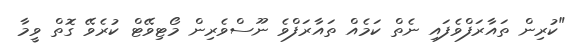
"ކުރިން ތައާރަފްވެފައި ނެތް ކަމެއް ތައާރަފްވެ ނޫސްވެރިން މޯޓިވޭޓް ކުރެވޭ ގޮތް ވީމާ